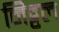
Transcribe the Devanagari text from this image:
निट्टल